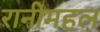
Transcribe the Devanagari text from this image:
रानीमहल